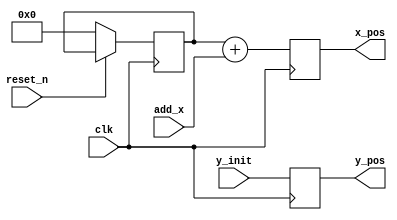
module alien(clk, reset_n, y_init, add_x, x_pos, y_pos);
  input clk; // Clock synced to the system
  input reset_n; // Resets the system
  input [2:0] add_x; // Indicates how much to move the x-pixel
  input [6:0] y_init; // The initial y_pos for this alien (should not change)
  output reg [7:0] x_pos; // The current x-position of the alien
  output reg [6:0] y_pos; // The current y-position of the alien

  reg [7:0] x_pixel;
  reg [6:0] y_pixel;

  always @(posedge clk) begin
    if (!reset_n)
    begin
      x_pixel <= 8'b00000000;
      y_pixel <= y_init;
    end
    x_pos <= x_pixel + add_x;
    y_pos <= y_init;
  end
endmodule